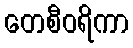
တေစီဝရိကာ